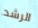
الرشد